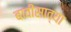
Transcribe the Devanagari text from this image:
बावीसाव्या